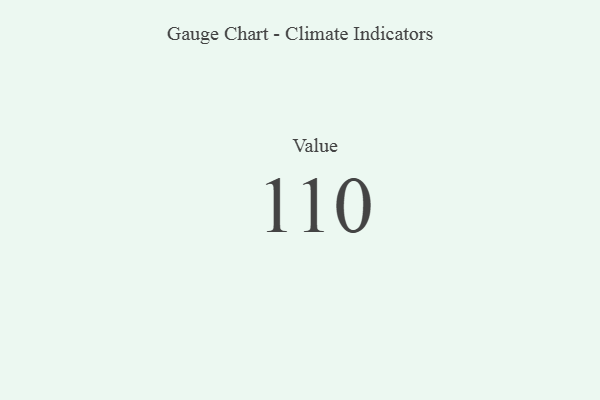
{"axis": {"x": "Metric", "y": "Value"}, "legend": [""], "data": [{"x": "Value", "y": 110, "type": ""}]}